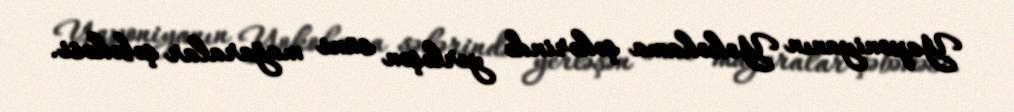
Yaponiyanın Yokohama şəhərində yerləşən süni mağaralar şəbəkəsi.